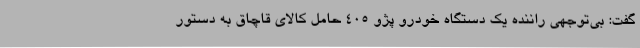
گفت: بی‌توجهی راننده یک دستگاه خودرو پژو ۴۰۵ حامل کالای قاچاق به دستور